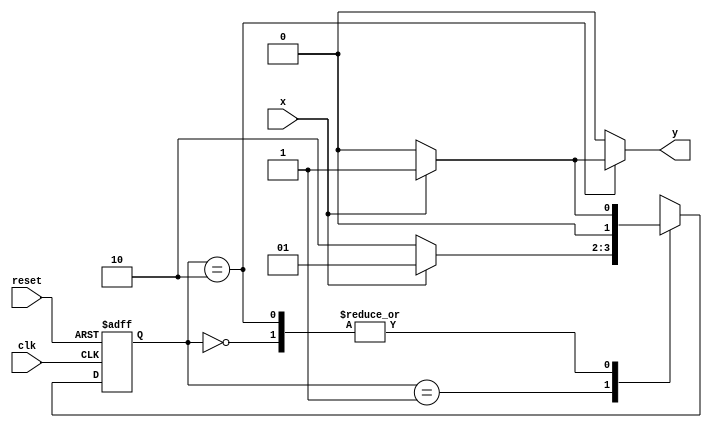
// ------------------------------------
// Nome: Patrick Flvio Teixeira Coura
// -------------------------------------

//------
//--Mealy FSM
//------

//constant definitions
`define found 1
`define notfound 0

//FSM by Mealy
module mealy101(y, x, clk, reset);

output y;
input x;
input clk;
input reset;

reg y;

parameter //state identifiers
start = 2'b00,
id1 = 2'b01,
id110 = 2'b10;

reg[1:0]E1;//current state variables
reg[1:0]E2;//next stat logic output

//next state logic
always @(x or E1)
begin
	y = `notfound;
case(E1)
	start:
		if(x)
			E2 = id1;
		else
			E2 = start;
id1:
	if(x)
		E2 = id1;
	else
		E2 = id110;
id110:
	if(x)
		begin
			E2 = id1;
			y = `found;
			
end

else
	begin
		E2 = start;
		y = `notfound;
	end
default:  //undefined state
	E2 = 2'bxx;
endcase

end // always at signal or state changing

//state variables
always @(posedge clk or negedge reset)
begin
if(reset)
E1 = E2; //updates current state
else
E1 = 0; //reset

end // always at signal changing

endmodule // mealy101